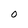
Character: 0